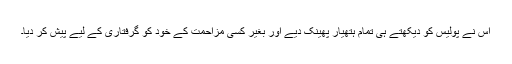
اُس نے پولیس کو دیکھتے ہی تمام ہتھیار پھینک دیے اور بغیر کسی مزاحمت کے خود کو گرفتاری کے لیے پیش کر دیا۔